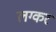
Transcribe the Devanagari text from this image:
लग्कर